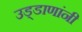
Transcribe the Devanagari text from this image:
उड्डाणांनी